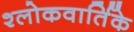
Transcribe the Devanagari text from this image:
श्लोकवार्तिके